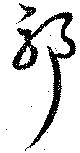
耶